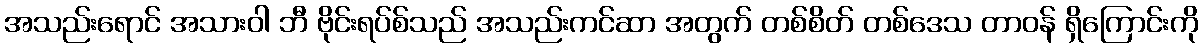
အသည်းရောင် အသားဝါ ဘီ ဗိုင်းရပ်စ်သည် အသည်းကင်ဆာ အတွက် တစ်စိတ် တစ်ဒေသ တာဝန် ရှိကြောင်းကို